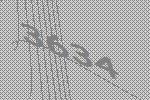
3634